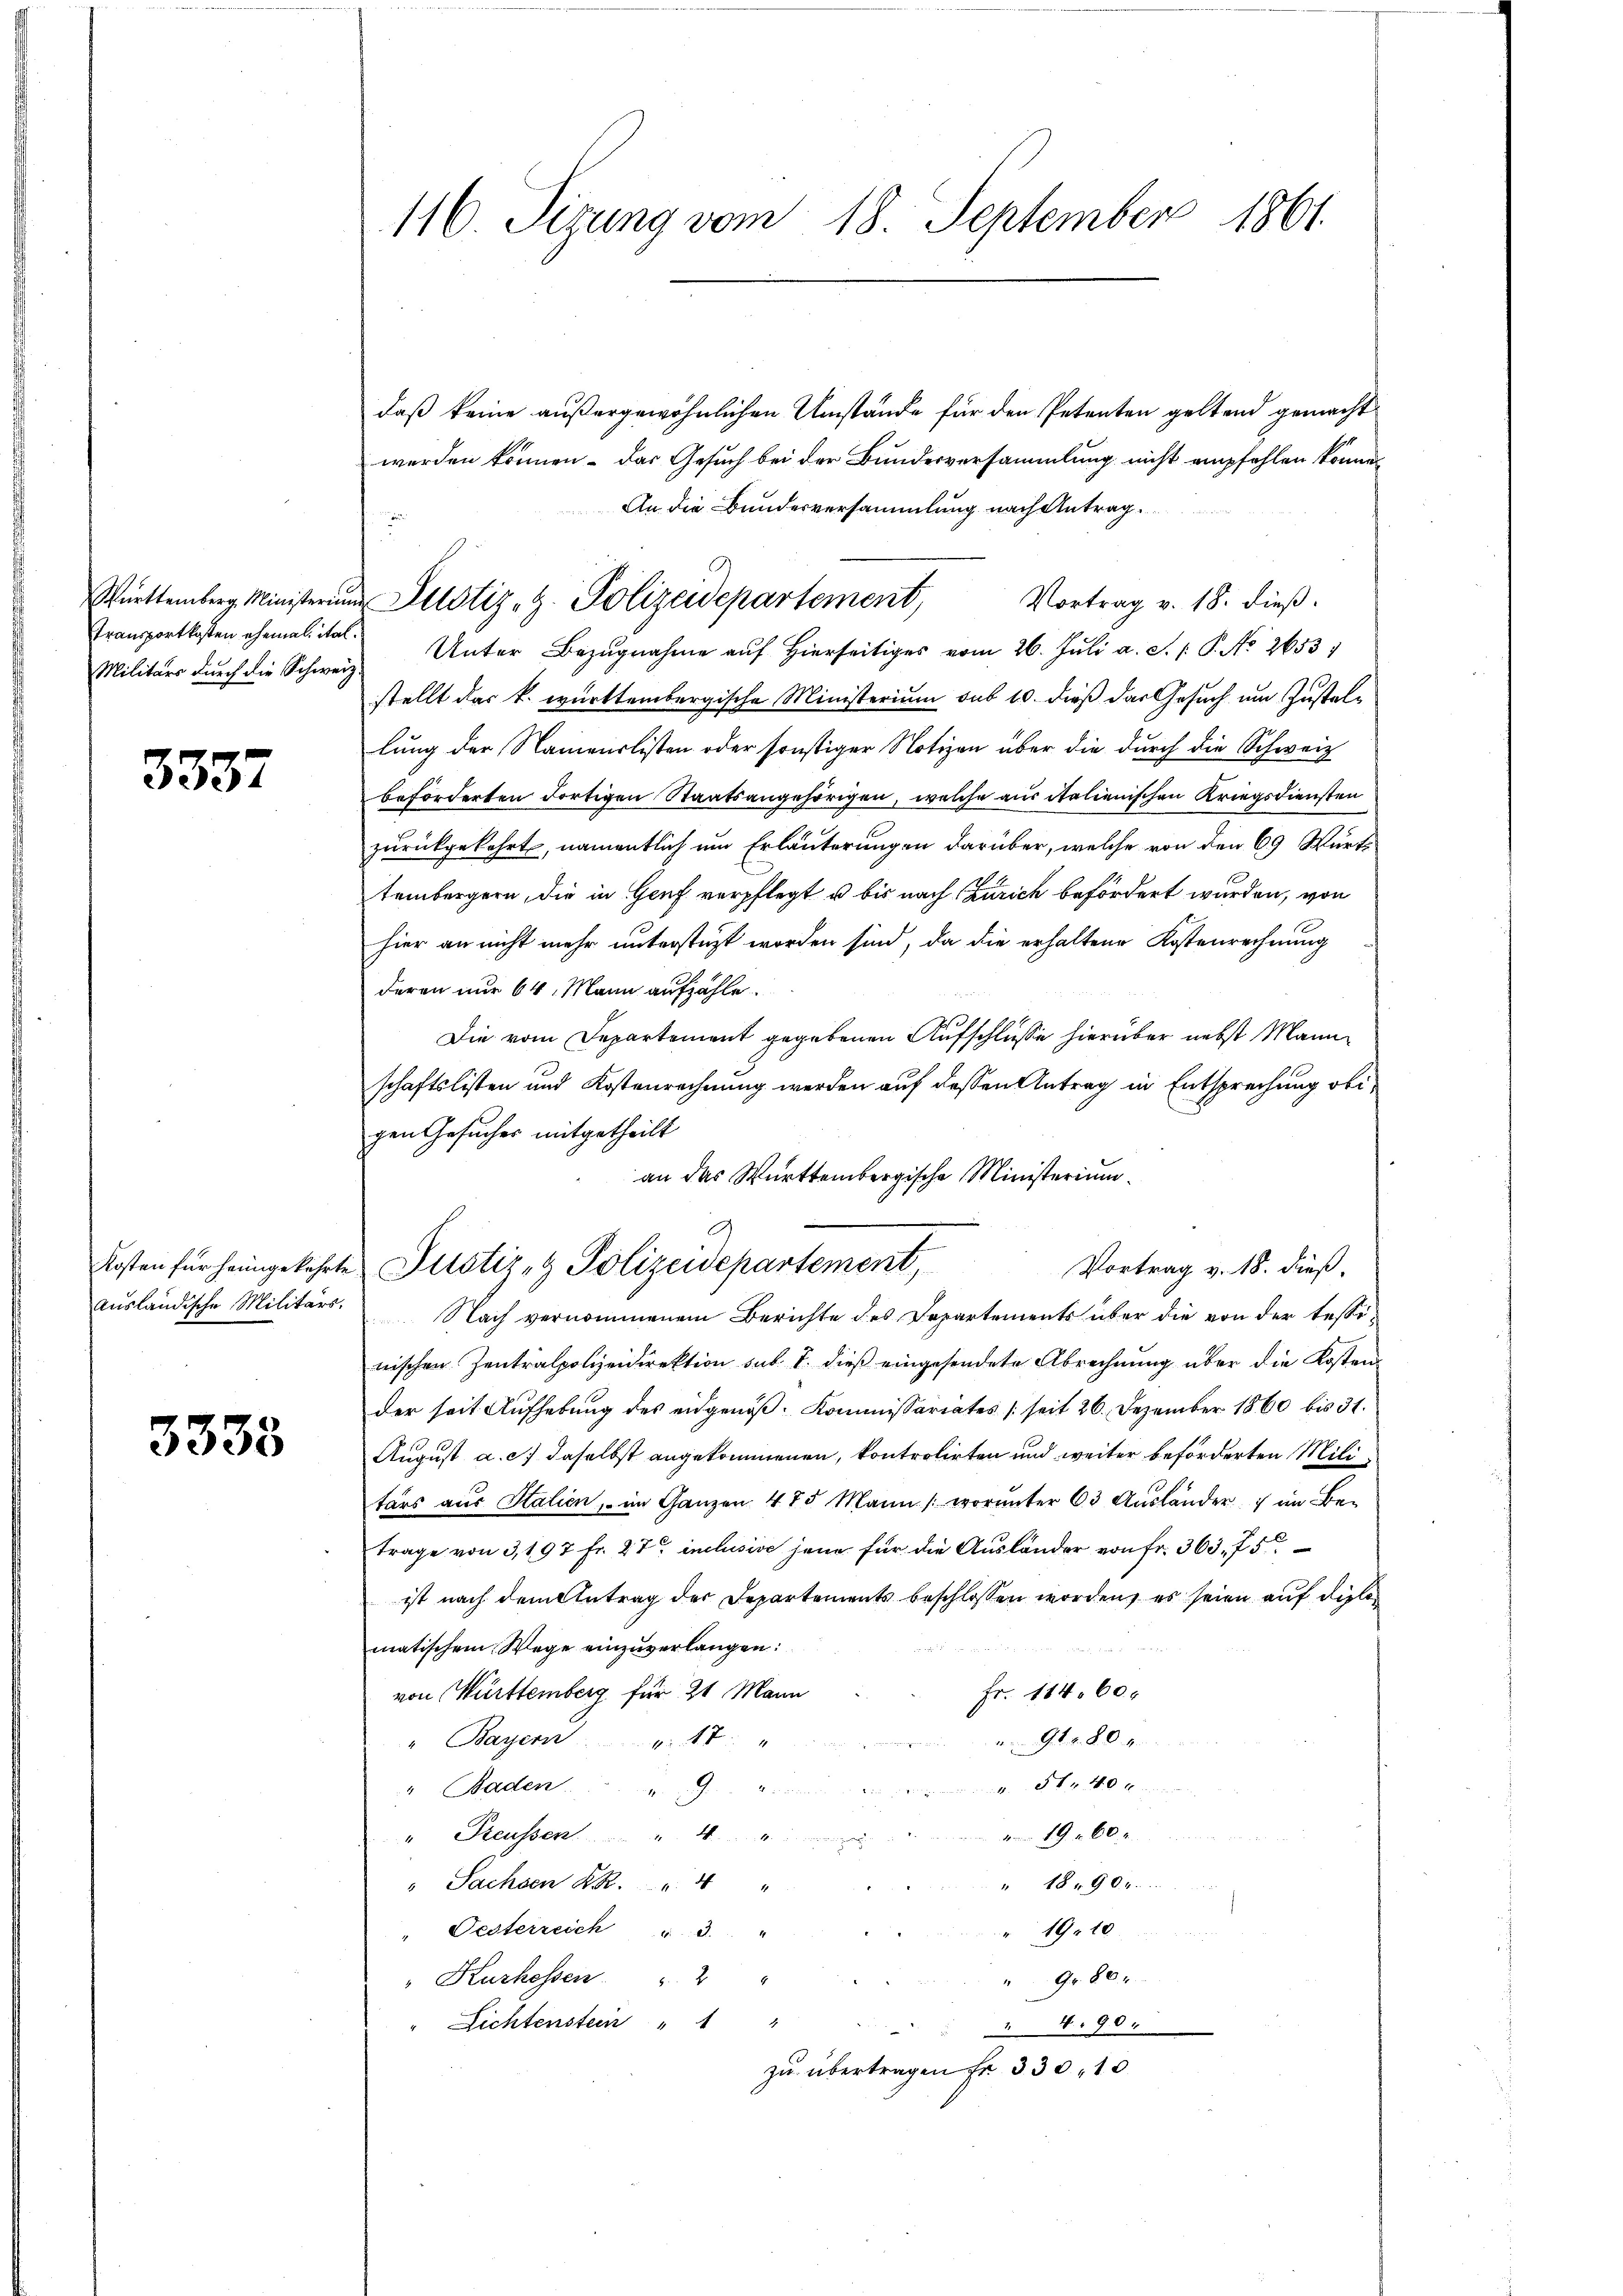
Transportkosten ehemal, ital¬
Militärs durch die Schweiz.

3337

Kosten für heimgekehrte.
ausländische Militärs.

3333

116 Tizung vom 18. September 1861.

daß keine außergewöhnlichen Umstände für den Petenten geltend gemacht
werden können. Das Gesuch bei der Bundesversammlung nicht empfehlen könne.
An die Bundesversammlung nach Antrag
Vortrag v. 18. dieß.
Unter Bezŭgnahme aŭf hierseitiges vom 26. Juli a. S. P. No. 2653)
stellt das k. württembergische Ministerium sub 10. dieß das Gesuch um Zustellung der Namenslisten oder sonstiger Notizen über die durch die Schweiz
beförderten dortigen Staatsangehörigen, welche aus italienischen Kriegsdiensten
zurückgekehrt, namentlich um Erläuterungen darüber, welche von den 69 Wurt
tembergern, die in Genf verpflegt u bis nach Zürich befördert wurden, von
hier an nicht mehr unterstüzt worden sind, da die erhaltene Kostenrechnung
deren nur 64. Mann aufzähle.
Die vom Departement gegebenen Aufschlüsse hierüber nebst Mann
schaftslisten und Kostenrechnung werden auf dessen Antrag in Entsprechung obigen Gesuches mitgetheilt
an das Württembergische Ministerium
Justiz- & Polizeidepartement,
Vortrag v. 18. dieß,
Nach vernommenem Berichte des Departements über die von der tessinischen Zentralpolizeidirektion sub. 1. dieß eingesendete Abrechnung über die Kosten
der seit Aufhebung des eidgenöß- Kommissariates (seit 26. Dezember 1860 bis 31.
August a. c. daselbst angekommenen, kontrolirten und weiter beförderten Militärs aus Stalien, im Ganzen 475 Mann (worunter 63 Aŭsländer im Be-
trage von 3,197 Fr. 27 inclusive jene für die Ausländer von Fr. 363. 75
ist nach dem Antrag der Departements beschlossen worden, es seien auf diese

matischem Wege einzuverlangen:
Fr. 11460
von Württemberg für 21 Mann
91. 280 f.
" Bayern 17
5 f 40 x
" Baden . . . . . . .
vom 19. 260 u.
" Treussen 4
" 18. 904.
" Sachsen K. K.    "
" Oesterreich " 3. "
" 19. 10
Gr. 804
" Kurhessen " 2
8
" Lichtenstein " " "
 4. 901
zŭ übertragen fr. 330, 10

Württemberg Ministerium Pilotiz - Z. Polizeidepartement,